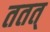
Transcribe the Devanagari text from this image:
ततत्‌